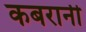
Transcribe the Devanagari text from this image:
कबरानी